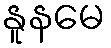
နူနမေ